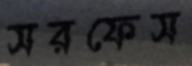
সরফেস